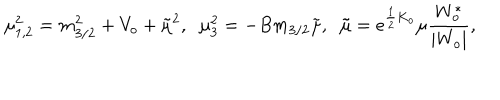
\mu _ { 1 , 2 } ^ { 2 } = m _ { 3 / 2 } ^ { 2 } + V _ { o } + { \tilde { \mu } } ^ { 2 } , \; \; \mu _ { 3 } ^ { 2 } = - B m _ { 3 / 2 } { \tilde { \mu } } , \; \; { \tilde { \mu } } = e ^ { \frac { 1 } { 2 } K _ { o } } \mu \frac { W _ { o } ^ { * } } { | W _ { o } | } ,